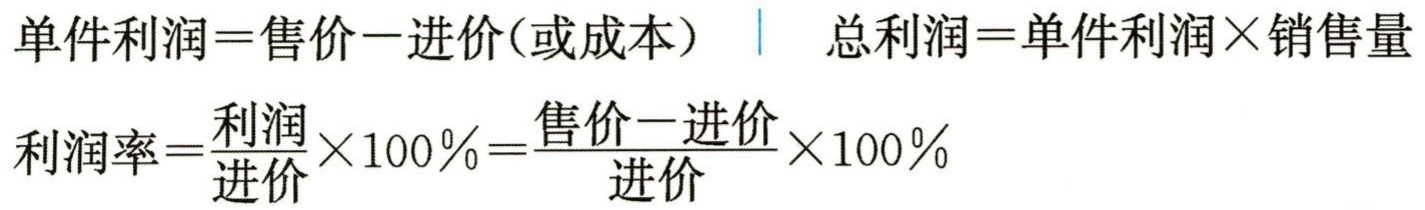
单件利润=售价−进价(或成本) \| 总利润=单件利润×销售量

利润率=$\frac{利润}{进价} \times 100\%=\frac{售价 - 进价}{进价} \times 100\%$